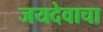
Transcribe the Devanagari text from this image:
जयदेवाचा